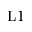
\mathrm { L } 1